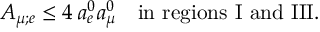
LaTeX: A _ { \mu ; e } \leq 4 \, a _ { e } ^ { 0 } a _ { \mu } ^ { 0 } \quad \mathrm { i n ~ r e g i o n s ~ I ~ a n d ~ I I I } .